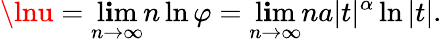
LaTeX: \lnu=\operatorname*{l\mathbf{i}m}_{n\to\infty}n\ln\varphi=\operatorname*{l\mathbf{i}m}_{n\to\infty}na|t|^{\alpha}\ln|t|.